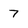
Character: 7